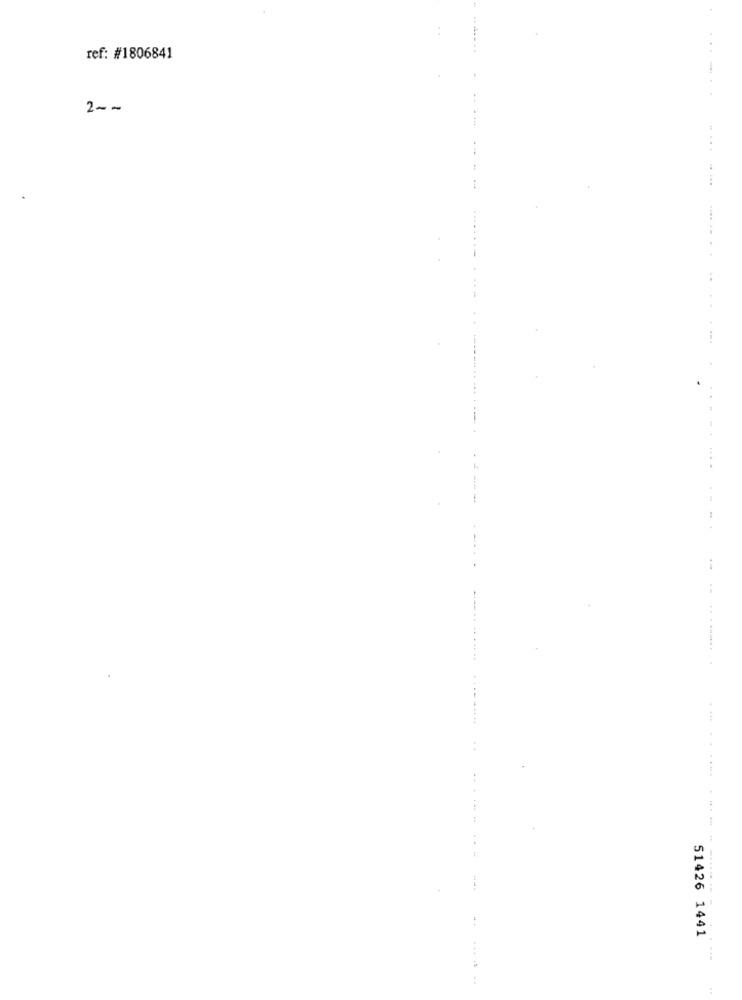
ref: #1806841
2 --
....
...
..
.... ........
----....
.... ..........
51426 1441